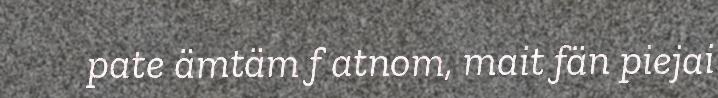
pate ämtäm f atnom, mait fän piejai